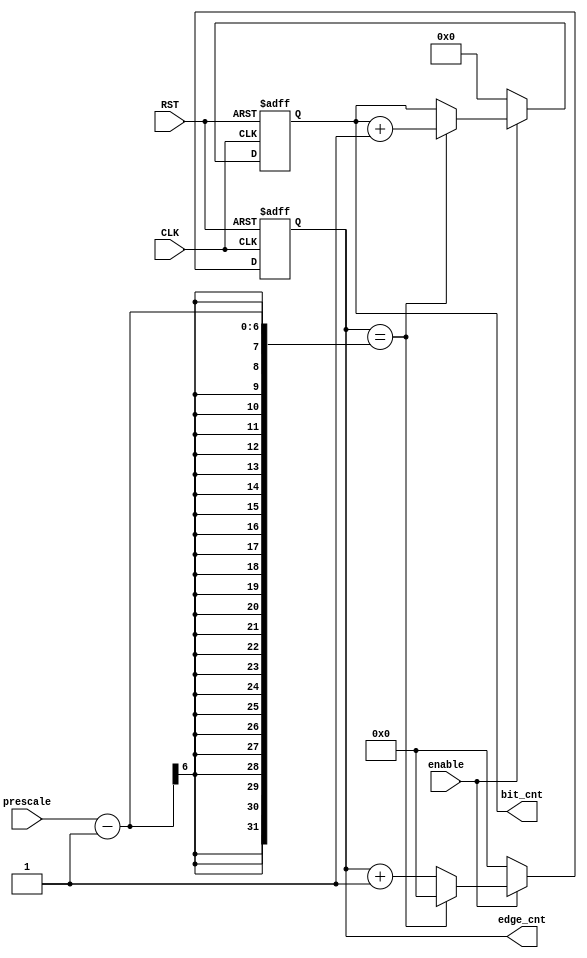
module edge_bit_counter (
    input   wire            enable,
    input   wire            CLK,
    input   wire            RST,
    input   wire    [5:0]   prescale,             

    output  reg     [4:0]   edge_cnt,
    output  reg     [3:0]   bit_cnt

);





// Logic of edge counter
    always @(posedge CLK, negedge RST) begin
        if(!RST)
            begin
                edge_cnt <= 5'b0;
                bit_cnt  <= 5'b0; 
            end
        else
            if(enable)
                begin   
                    if(edge_cnt == prescale - 1)
                        begin
                            edge_cnt <= 5'b0;
                            bit_cnt  <= bit_cnt + 4'b1;
                        end
                    else
                        begin
                            edge_cnt <= edge_cnt + 5'b1;
                            bit_cnt  <= bit_cnt;
                        end
                end
            else
                begin
                    edge_cnt <= 5'b0;
                    bit_cnt  <= 5'b0;
                end

    end


endmodule